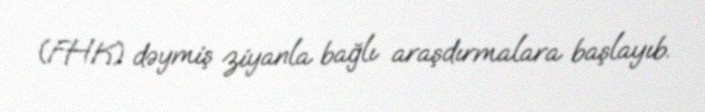
(FHK) dəymiş ziyanla bağlı araşdırmalara başlayıb.